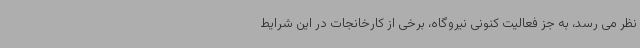
نظر می رسد، به جز فعالیت کنونی نیروگاه، برخی از کارخانجات در این شرایط